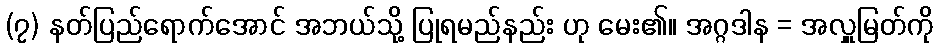
(၇) နတ်ပြည်ရောက်အောင် အဘယ်သို့ ပြုရမည်နည်း ဟု မေး၏။ အဂ္ဂဒါန = အလှူမြတ်ကို